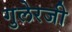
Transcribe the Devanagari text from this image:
गुलेरजी